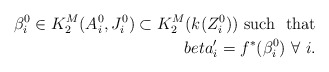
\begin{align*}\beta^0_i \in K^M_2(A^0_i, J^0_i) \subset K^M_2(k(Z^0_i)) \ \mbox{such \ that} \\beta'_i = f^*(\beta^0_i) \ \forall \ i.\end{align*}